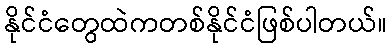
နိုင်ငံတွေထဲကတစ်နိုင်ငံဖြစ်ပါတယ်။